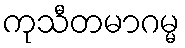
ကုသီတမာဂမ္မ